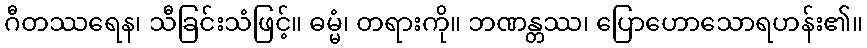
ဂီတဿရေန၊ သီခြင်းသံဖြင့်။ ဓမ္မံ၊ တရားကို။ ဘဏန္တဿ၊ ပြောဟောသောရဟန်း၏။